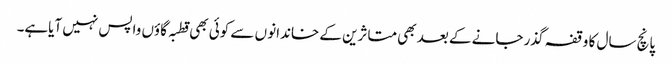
پانچ سال کا وقفہ گذر جانے کے بعد بھی متاثرین کے خاندانو ں سے کوئی بھی قطبہ گاؤں واپس نہیں آیاہے۔